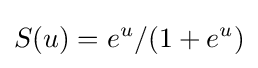
S(u)=e^{u}/(1+e^{u})